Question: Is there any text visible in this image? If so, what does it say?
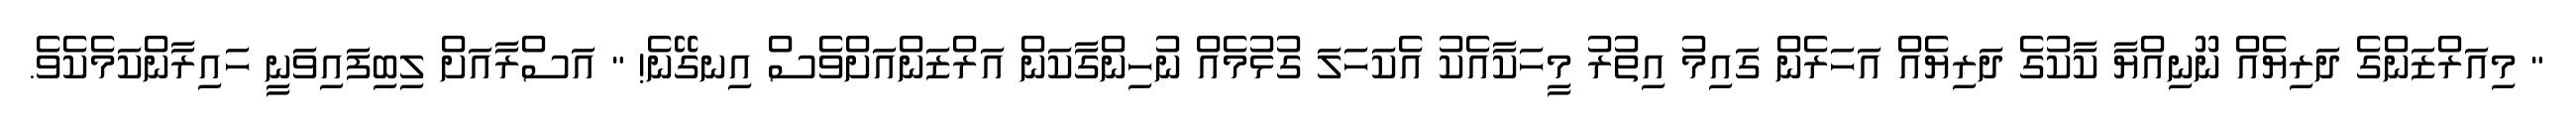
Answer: " މިއަރްޒަންގެ ދަރިޔެއް ނޫނިއްޔާ ކާކުގެ ދަރިޔެއް އަހަރެން ގައިމު އިތުރު މީހަކާއެކު އެކަހަލަ ގުޅުމެއް ނުހިންގާކަން އަރްޒަންއަށްވެސް އިނގޭނެ! " އަސްރާއަށް ލިބިފައިވަނީ ހައިރާންކަމެކެވެ.